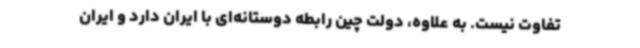
تفاوت نیست. به علاوه، دولت چین رابطه دوستانه‌ای با ایران دارد و ایران